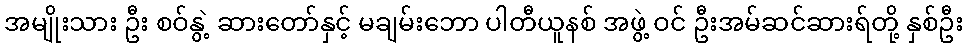
အမျိုးသား ဦး စဝ်နွဲ့ ဆားတော်နှင့် မချမ်းဘော ပါတီယူနစ် အဖွဲ့ ဝင် ဦးအမ်ဆင်ဆားရ်တို့ နှစ်ဦး